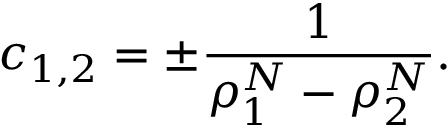
c _ { 1 , 2 } = \pm \frac { 1 } { \rho _ { 1 } ^ { N } - \rho _ { 2 } ^ { N } } .